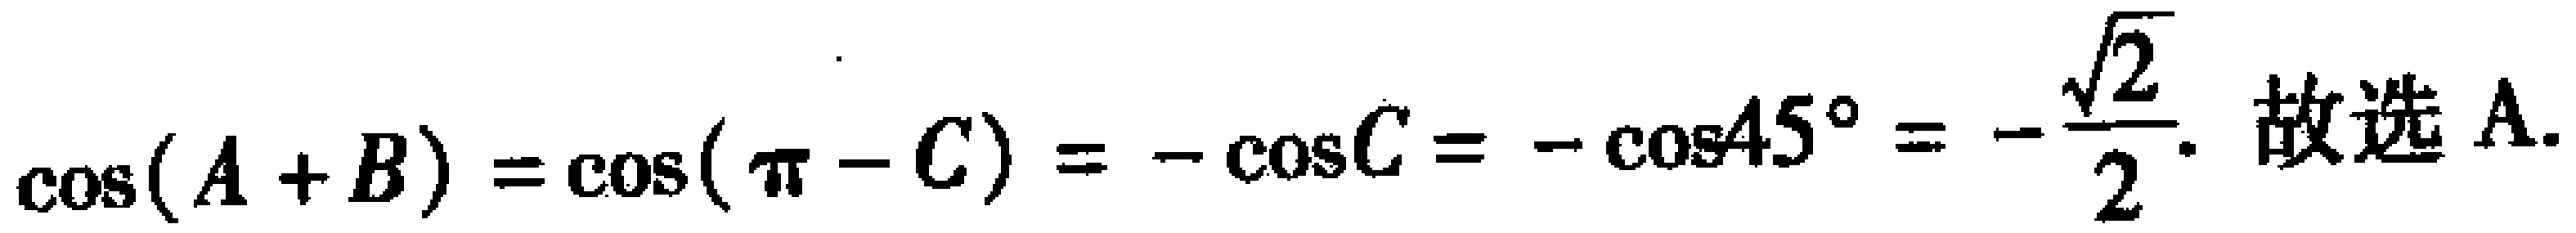
\(\cos(A + B)=\cos(\pi - C)=-\cos C=-\cos45^{\circ}=-\frac{\sqrt{2}}{2}.\) 故选 A.